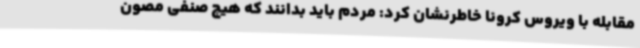
مقابله با ویروس کرونا خاطرنشان کرد: مردم باید بدانند که هیچ صنفی مصون